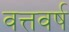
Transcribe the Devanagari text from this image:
वत्तवर्ष